Mental hospitals Bombay report 1921-28 - 1921-1928
Year: 1921
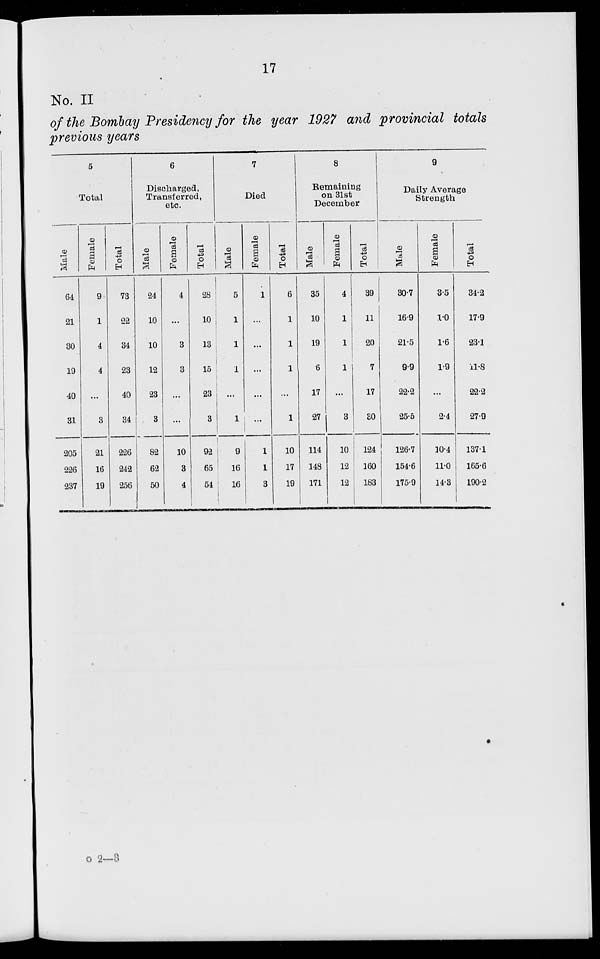
17
No. II
of the Bombay Presidency for the year 1927 and provincial totals
previous years
5
Total
Male
64
21
30
19
40
31
205
226
237
Female
9
1
4
4
...
3
21
16
19
Total
73
22
34
23
40
34
226
242
256
6
Discharged,
Transferred,
etc.
Male
24
10
10
12
23
3
82
62
50
Female
4
...
3
3
...
...
10
3
4
Total
28
10
13
15
23
3
92
65
54
7
Died
Male
5
1
1
1
...
1
9
16
16
Female
1
...
...
...
...
...
1
1
3
Total
6
1
1
1
...
1
10
17
19
8
Remaining
on 31st
December
Male
35
10
19
6
17
27
114
148
171
Female
4
1
1
1
...
3
10
12
12
Total
39
11
20
7
17
30
124
160
183
9
Daily Average
Strength
Male
30.7
16.9
21.5
9.9
22.2
25.5
126.7
154.6
175.9
Female
3.5
1.0
1.6
1.9
...
2.4
10.4
11.0
14.3
Total
34.2
17.9
23.1
11.8
22.2
27.9
137.1
165.6
190.2
o 2—8